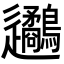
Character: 𨙧